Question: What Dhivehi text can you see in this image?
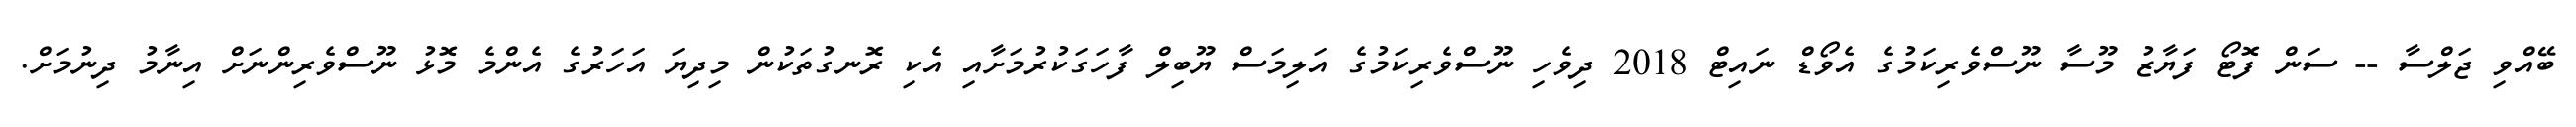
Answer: ބޭއްވި ޖަލްސާ -- ސަން ފޮޓޯ ފަޔާޒު މޫސާ ނޫސްވެރިކަމުގެ އެވޯޑް ނައިޓް 2018 ދިވެހި ނޫސްވެރިކަމުގެ އަލިމަސް ޔޫބިލް ފާހަގަކުރުމަށާއި އެކި ރޮނގުތަކުން މިދިޔަ އަހަރުގެ އެންމެ މޮޅު ނޫސްވެރިންނަށް އިނާމު ދިނުމަށް.